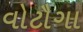
વોટૌગા